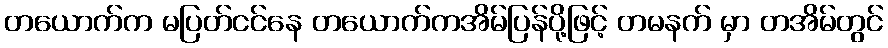
တယောက်က မပြတ်ငင်နေ တယောက်ကအိမ်ပြန်ပို့ဖြင့် တမနက် မှာ တအိမ်တွင်